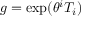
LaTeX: g = \exp ( \theta ^ { i } T _ { i } )